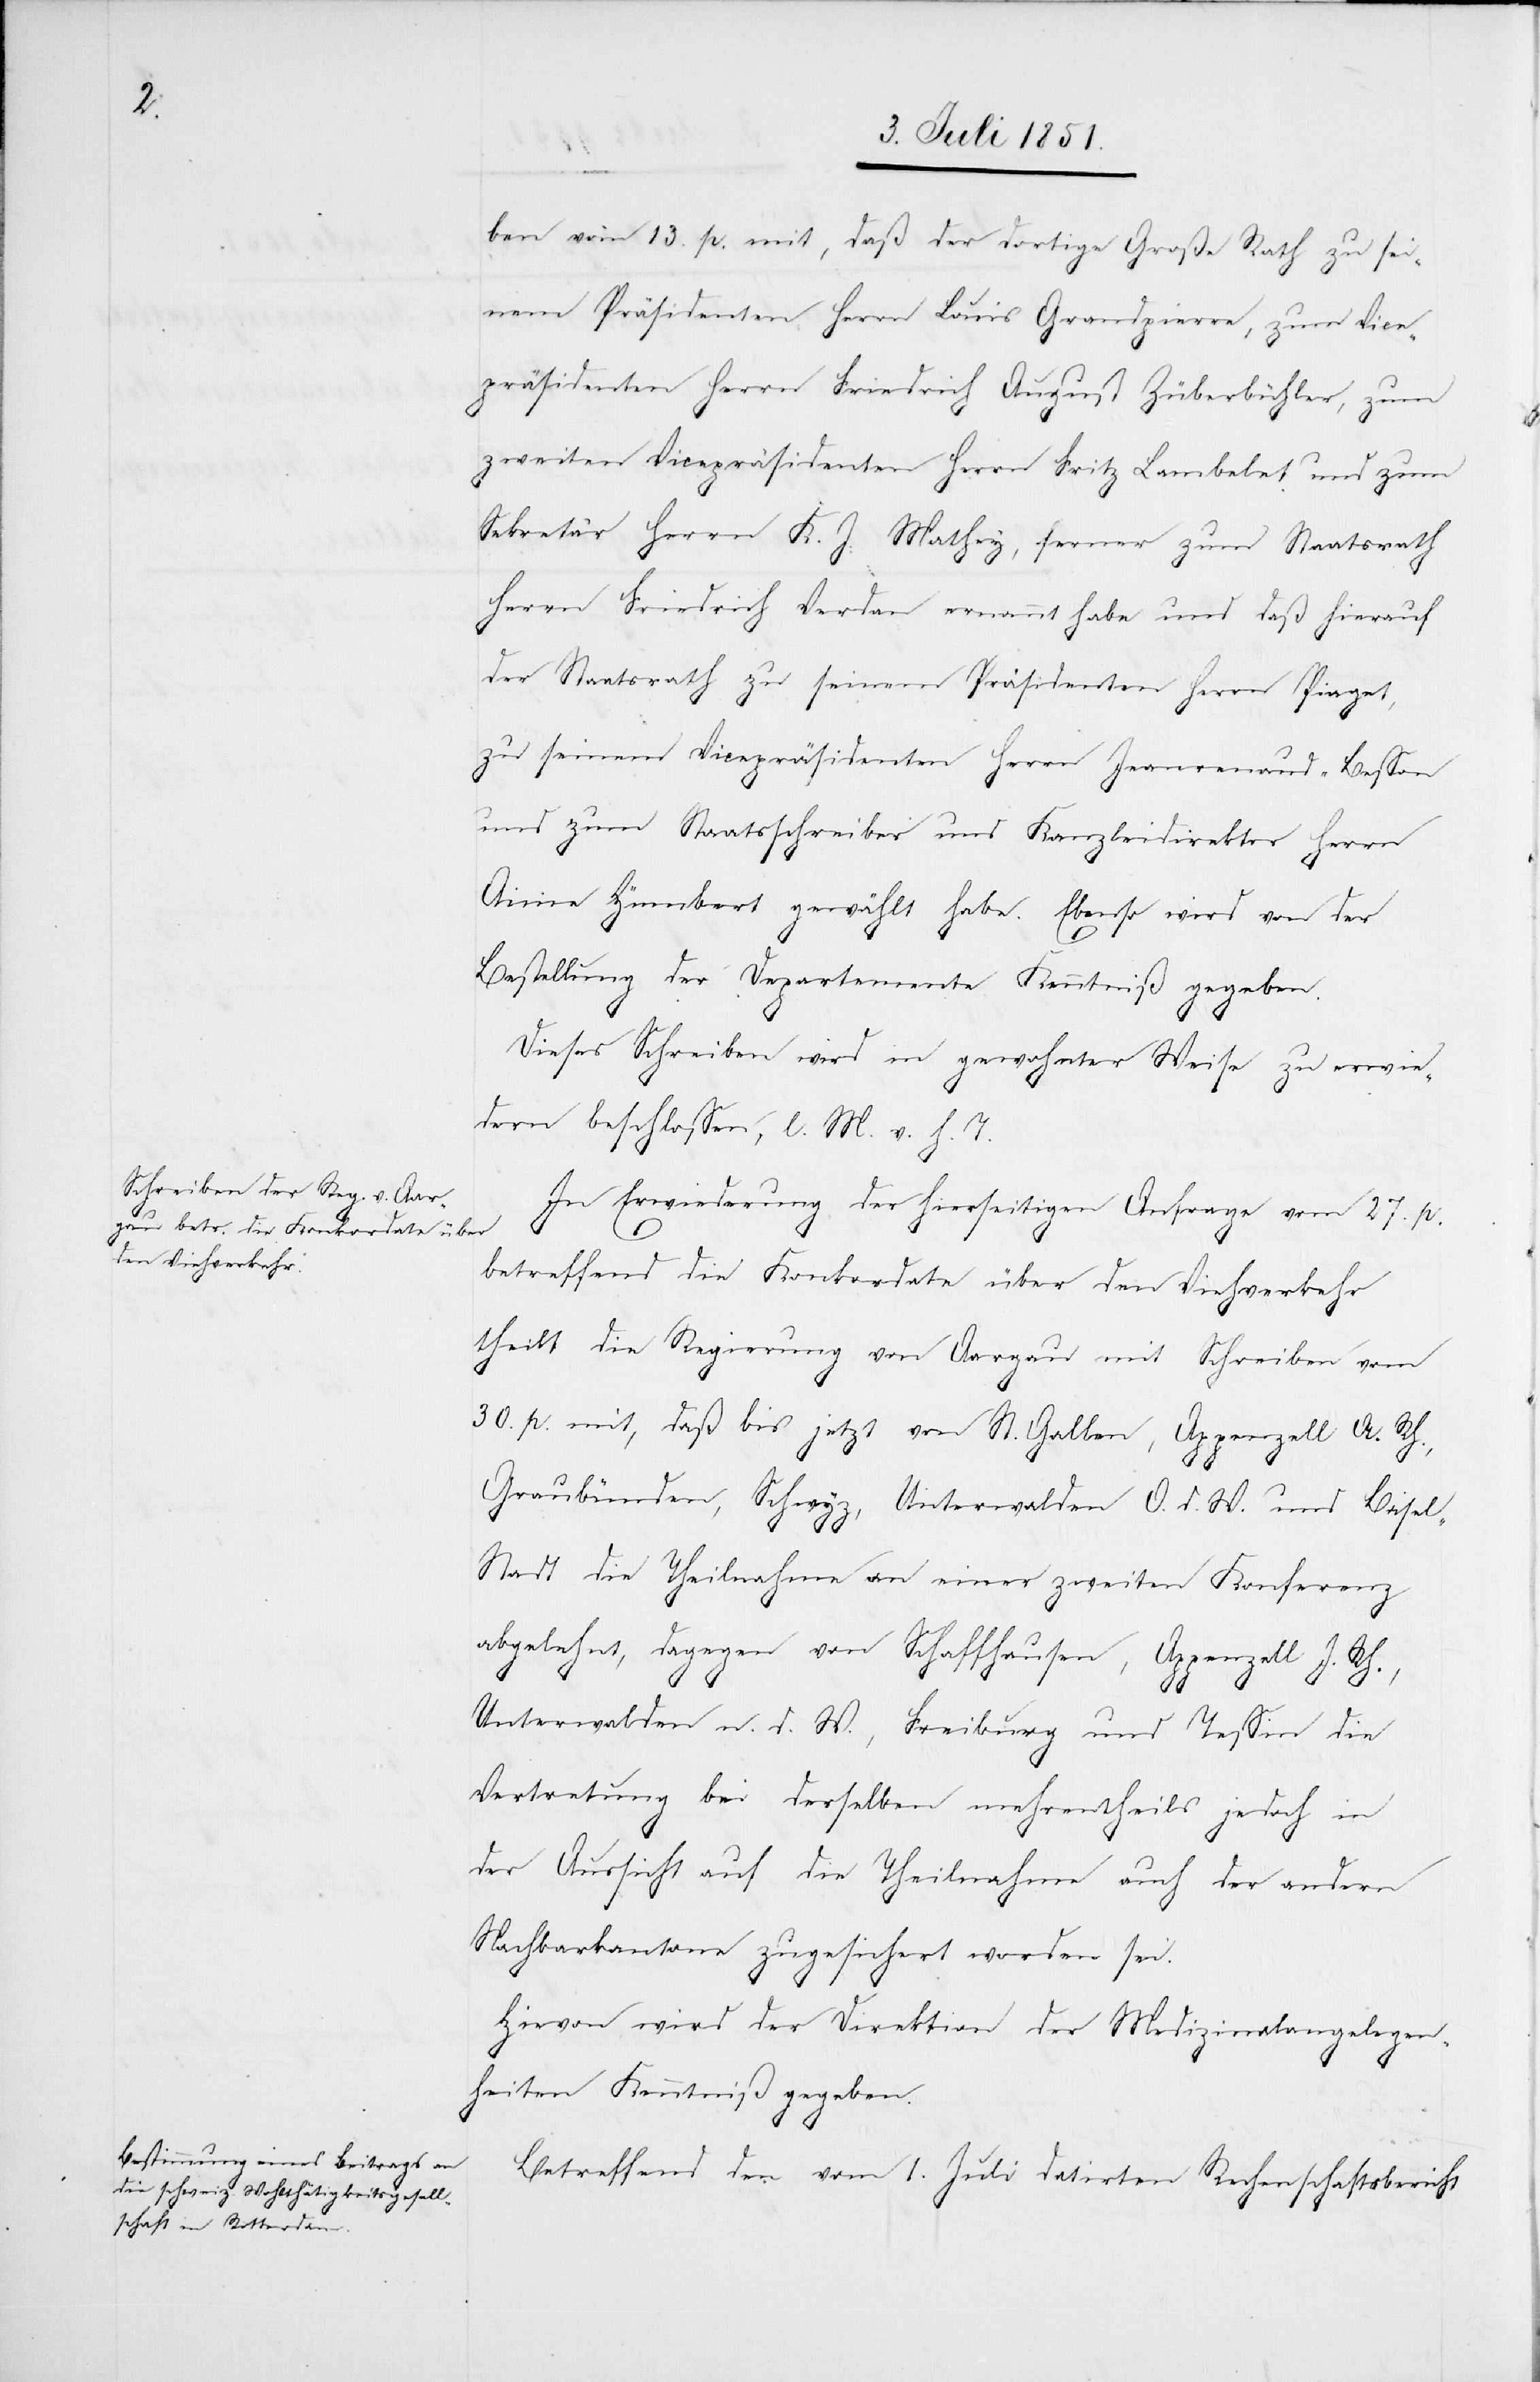
ben vom 13. p. mit, daß der dortige Große Rath zu sei¬
nem Präsidenten Herrn Louis Grandpierre, zum Vice¬
präsidenten Herrn Friedrich August Züberbühler, zum
zweiten Vicepräsidenten Herrn Fritz Lambelet und zum
Sekretär Herrn K. J. Mathey, ferner zum Staatsrath
Herrn Friedrich Verdan ernannt habe und daß hierauf
der Staatsrath zu seinem Präsidenten Herrn Piaget,
zu seinem Vicepräsidenten Herrn Jeanrenaud-Besson
und zum Staatsschreiber und Kanzleidirektor Herrn
Aime Hümbert gewählt habe. Ebenso wird von der
Bestellung der Departemente Kenntniß gegeben.
Dieses Schreiben wird in gewohnter Weise zu erwie¬
dern beschlossen, l. M. v. h. T.
In Erwiederung der hierseitigen Anfrage vom 27. p.
betreffend die Konkordate über den Viehverkehr
theilt die Regierung von Aargau mit Schreiben vom
30. p. mit, daß bis jetzt von St. Gallen, Appenzell A. Rh.,
Graubünden, Schwyz, Unterwalden O. d. W. und Basel-S¬
tadt die Theilnahme an einer zweiten Konferenz
abgelehnt, dagegen von Schaffhausen, Appenzell I. Rh.,
Unterwalden n. d. W., Freiburg und Tessin die
Vertretung bei derselben mehrentheils jedoch in
der Aussicht auf die Theilnahme auch der andern
Nachbarkantone zugesichert worden sei.
Hievon wird der Direktion der Medizinalangelegen¬
heiten Kenntniß gegeben.
Betreffend den vom 1. Juli datirten Rechenschaftsbericht